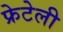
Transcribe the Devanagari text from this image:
फ्रेटेली